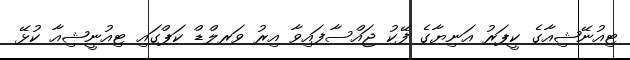
ޓިއުނޭޝިއާގެ ކީޕަރު އަނިޔާގެ ފޭކު ޖައްސާފައިވާ އިރު ވަރލްޑް ކަޕްގައި ޓިއުނީޝިއާ ކުޅޭ